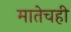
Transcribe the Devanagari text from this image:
मातेचही